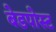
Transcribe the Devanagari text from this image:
बेडपोस्ट